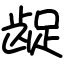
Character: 龊